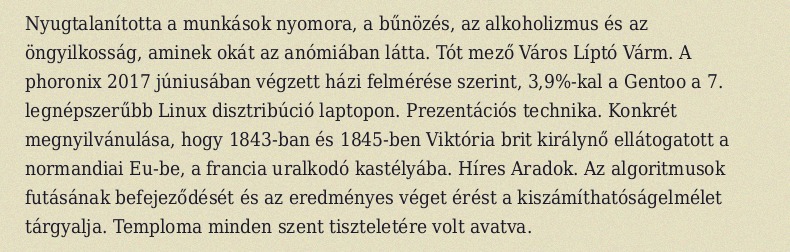
Nyugtalanította a munkások nyomora, a bűnözés, az alkoholizmus és az öngyilkosság, aminek okát az anómiában látta. Tót mező Város Líptó Várm. A phoronix 2017 júniusában végzett házi felmérése szerint, 3,9%-kal a Gentoo a 7. legnépszerűbb Linux disztribúció laptopon. Prezentációs technika. Konkrét megnyilvánulása, hogy 1843-ban és 1845-ben Viktória brit királynő ellátogatott a normandiai Eu-be, a francia uralkodó kastélyába. Híres Aradok. Az algoritmusok futásának befejeződését és az eredményes véget érést a kiszámíthatóságelmélet tárgyalja. Temploma minden szent tiszteletére volt avatva.